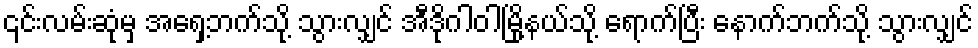
၎င်းလမ်းဆုံမှ အရှေ့ဘက်သို့ သွားလျှင် အီဒိုဂါဝါမြို့နယ်သို့ ရောက်ပြီး နောက်ဘက်သို့ သွားလျှင်